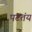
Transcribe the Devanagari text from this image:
पटतंय